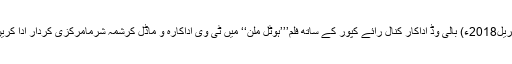
29 اپریل2018ء) بالی وڈ اداکار کنال رائے کپور کے ساتھ فلم’’’ہوٹل ملن‘‘ میں ٹی وی اداکارہ و ماڈل کرشمہ شرمامرکزی کردار ادا کریں گی۔